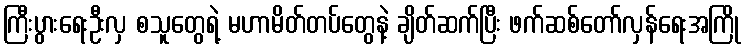
ကြီးပွားရေးဦးလှ စသူတွေရဲ့ မဟာမိတ်တပ်တွေနဲ့ ချိတ်ဆက်ပြီး ဖက်ဆစ်တော်လှန်ရေးအကြို